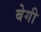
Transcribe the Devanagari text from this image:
बेगी